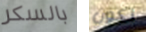
بالسكر تكون